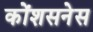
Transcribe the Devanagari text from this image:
कोंशसनेस